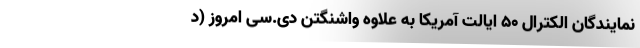
نمایندگان الکترال ۵۰ ایالت آمریکا به علاوه واشنگتن دی.سی امروز (د